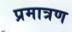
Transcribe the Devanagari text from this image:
प्रमात्रण